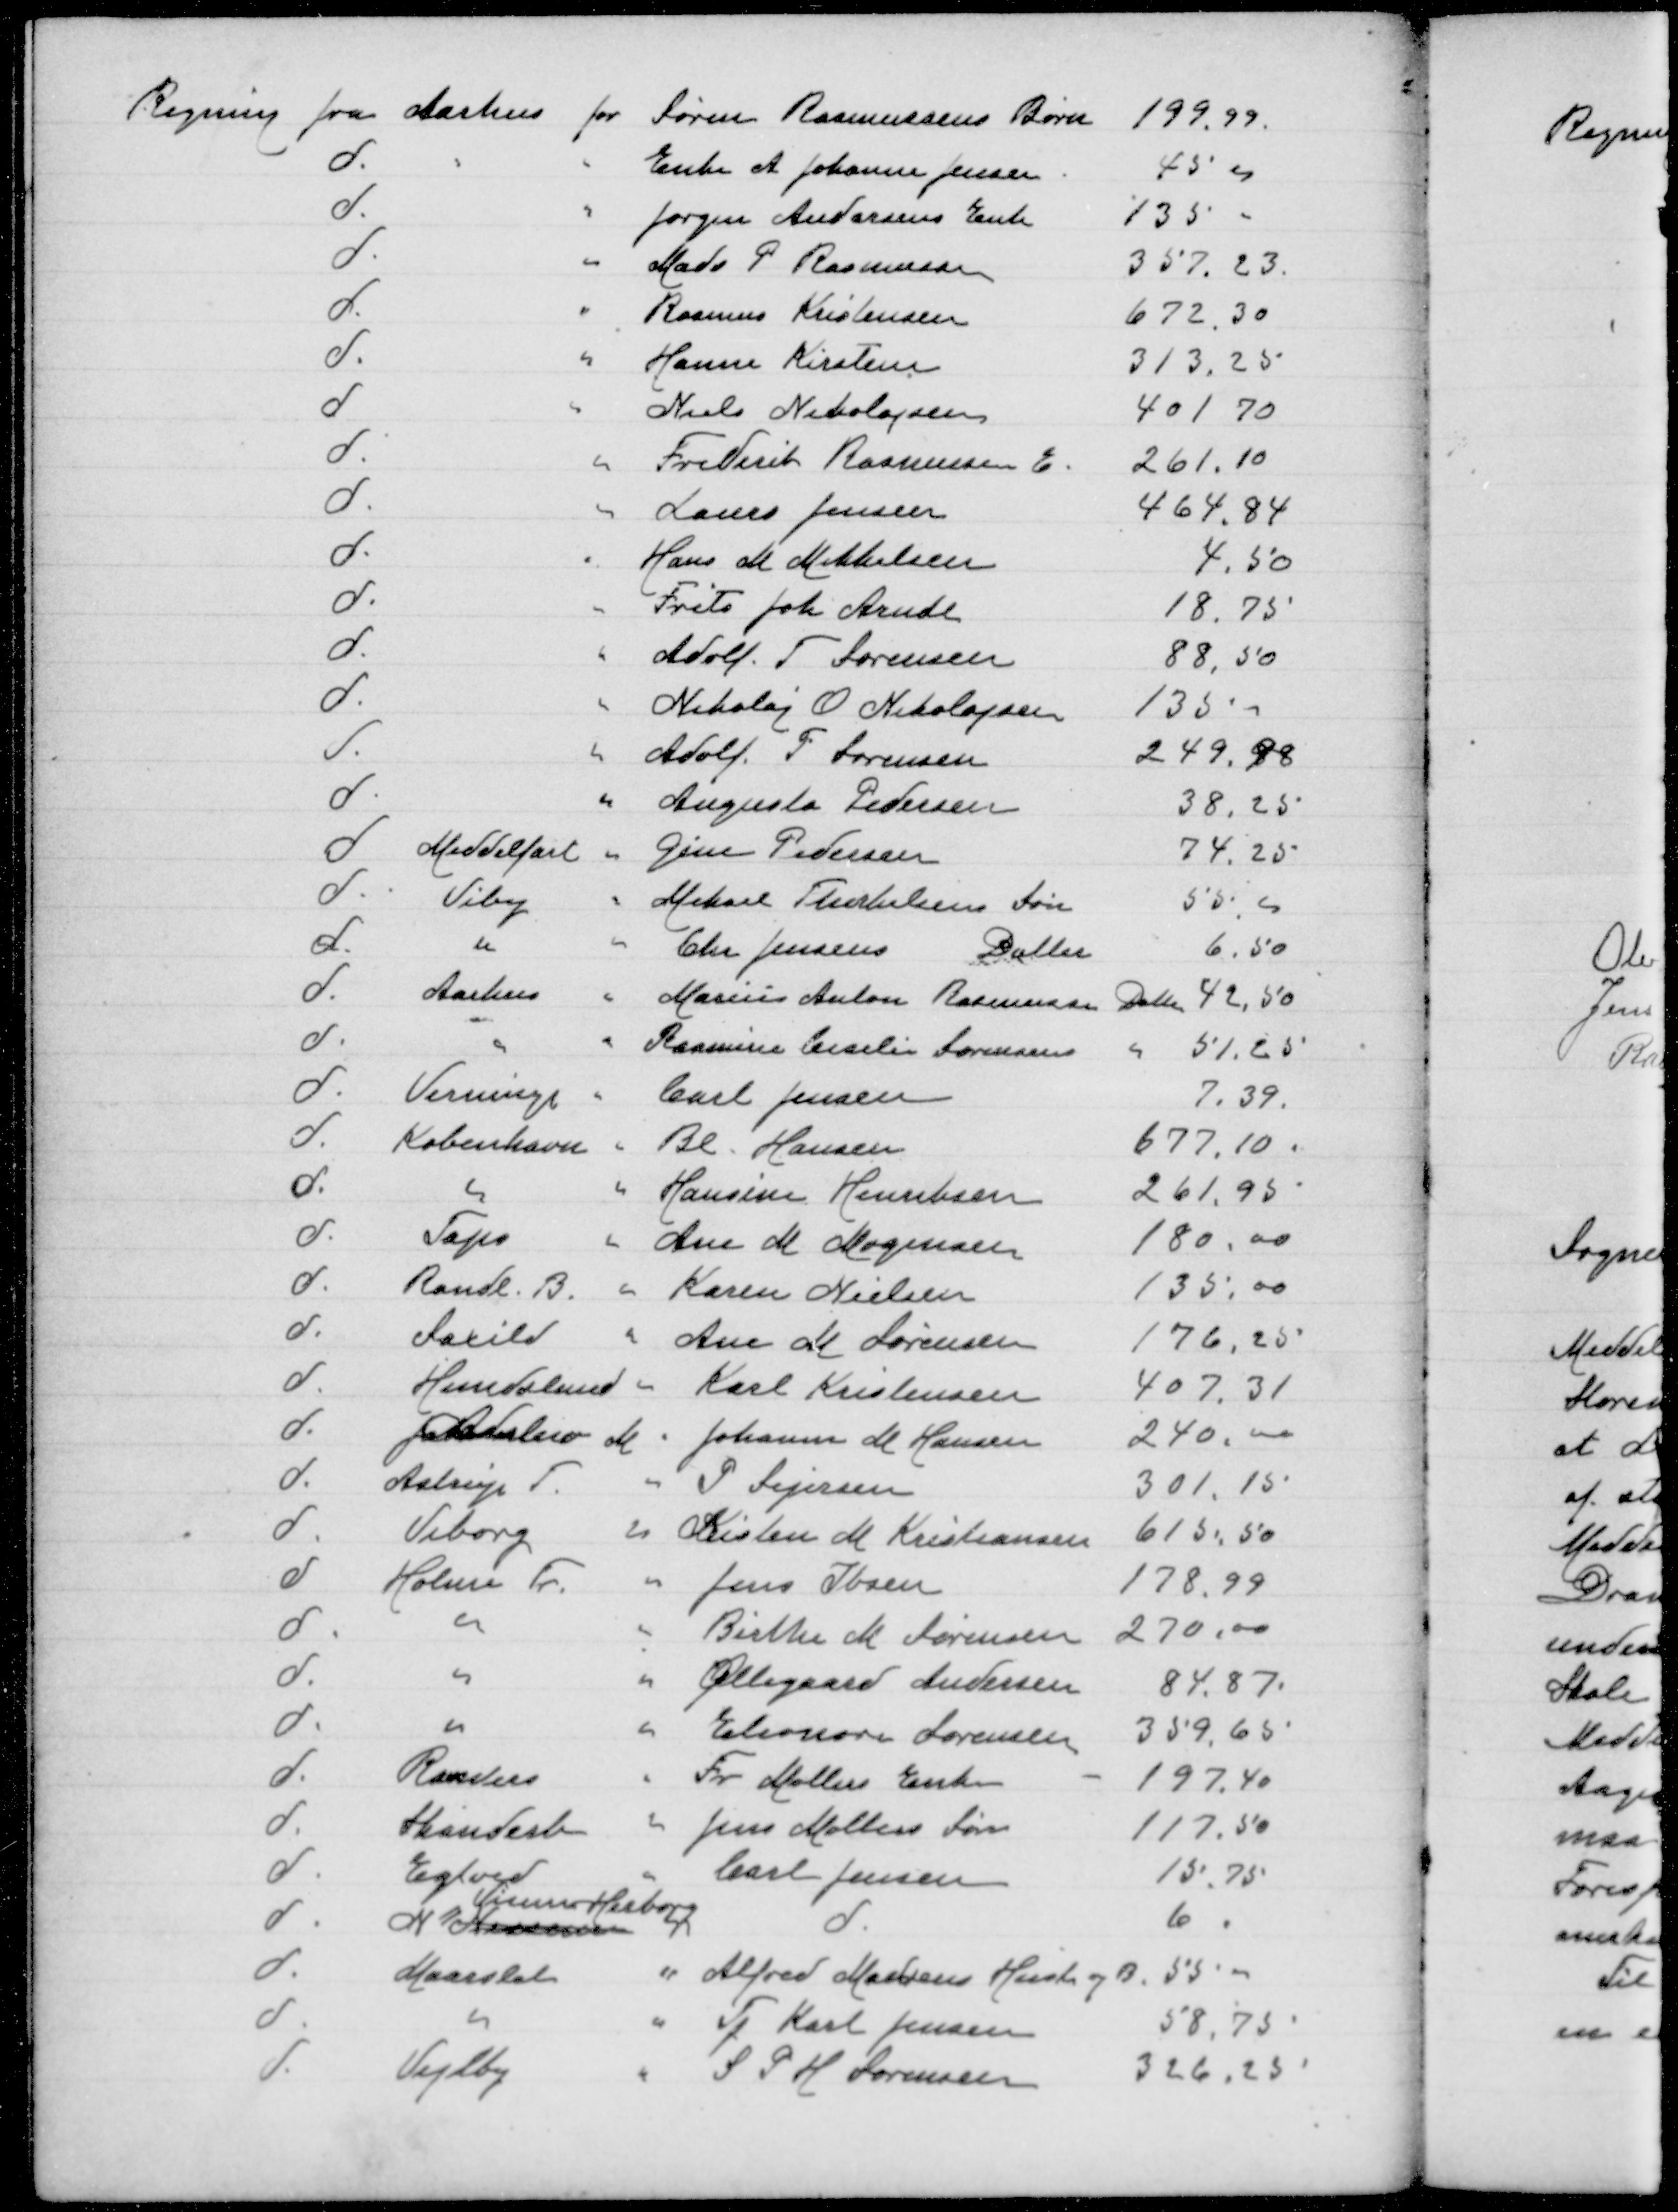
Transskription:
Regning fra Aarhus for Søren Rasmussens Børn
199,99
d
" Enke A Johanna Jensen
45,00
d
" Jørgen Andersens Enke
135,00
d
" Mads P Rasmussen
357,23
d
" Rasmus Kristensen
672,30
d
" Hanne Kirstensen
313,25
d
" Niels Nikolajsen
401,70
d
" Frederik Rasmussens E
261,10
d
" Laura Jensen
464,84
d
" Hans M Mikkelsen
4,50
d
" Frits Joh Arndt
18,75
d
" Adolf F Sørensen
88,50
d
" Nikolaj O Nikolajsen
135,00
d
" Adolf F Sørensen
249,98
d
" Augusta Pedersen
38,25
d
Middelfart " Gine Pedersen
74,25
d
Viby " Mikael Therkelsens Søn
55,00
d
" " Chr Jensens Datter
6,50
d
Aarhus " Marius Anton Rasmussens Datter
42,50
d
" " Rasmine Cecilie Sørensens "
51,25
d
Verninge " Carl Jensen
7,39
d
København " Be Hansen
677,10
d
" " Hansine Henriksen
261,95
d
Taps " Ane M Mogensen
180,00
d
Ronde B " Karen Nielsen
135,00
d
Saxild " Ane M Sørensen
176,25
d
Hundslund " Karl Kristensen
407,31
d
Adslev M " Johannes M Hansen
240,00
d
Astrup T " P Sejersen
301,15
d
Viborg " Kirsten M Kristiansen
615,50
d
Holme Tr " Jens Ibsen
178,99
d
" " Birthe M Sørensen
270,00
d
" " Øllegaard Andersen
84,87
d
" " Eleonora Sørensen
359,55
d
Randers " Fr Møllers Enke
197,40
d
Skanderb " Jens Møllers Enke
117,50
d
Egtved " Carl Jensen
15,75
Vium Herborg
d
N Nørrevium d
10
d
Maarslet " Alfred Madsens Hustru og B
55,00
d
" " Tj Karl Jensen
58,75
d
Vejlby " S P H Sørensen
326,25